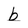
Character: b